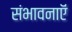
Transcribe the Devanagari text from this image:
संभावनाऍं